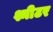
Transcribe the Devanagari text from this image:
श्मीटर